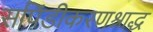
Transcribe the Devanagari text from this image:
सपिंडीकरणश्राद्ध